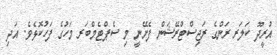
އުރީދޫ ކަލަރ ރަންގެ ރަޖިސްޓްރޭޝަން ފެށޭނީ މި ސެޕްޓެމްބަރ މަހުގެ ފަހުކޮޅެވެ. އަދި